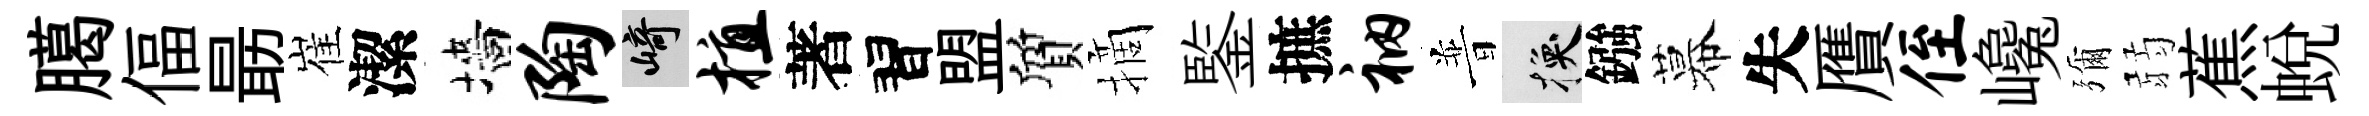
臈偪朂崔潔墻陶崎植著習盟質摘鍳摭衲普换鏹幕失贋侄巉彌弱蕉蛻